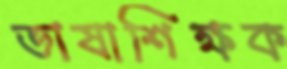
ভাষাশিক্ষক